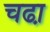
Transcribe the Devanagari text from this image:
चढा़